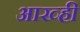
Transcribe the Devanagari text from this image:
आख्ही